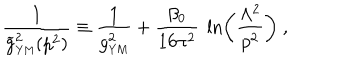
LaTeX: { \frac { 1 } { { \widetilde g } _ { \mathrm { { \small Y M } } } ^ { 2 } ( p ^ { 2 } ) } } \equiv { \frac { 1 } { g _ { \mathrm { { \small Y M } } } ^ { 2 } } } + { \frac { \beta _ { 0 } } { 1 6 \pi ^ { 2 } } } ~ \ln \left( { \frac { \Lambda ^ { 2 } } { p ^ { 2 } } } \right) ~ ,